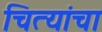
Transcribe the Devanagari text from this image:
चित्यांचा